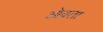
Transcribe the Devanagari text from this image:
ओढता